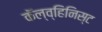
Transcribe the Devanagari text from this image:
कॅल्व्हिनिस्ट